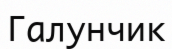
Галунчик